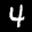
Label: 4